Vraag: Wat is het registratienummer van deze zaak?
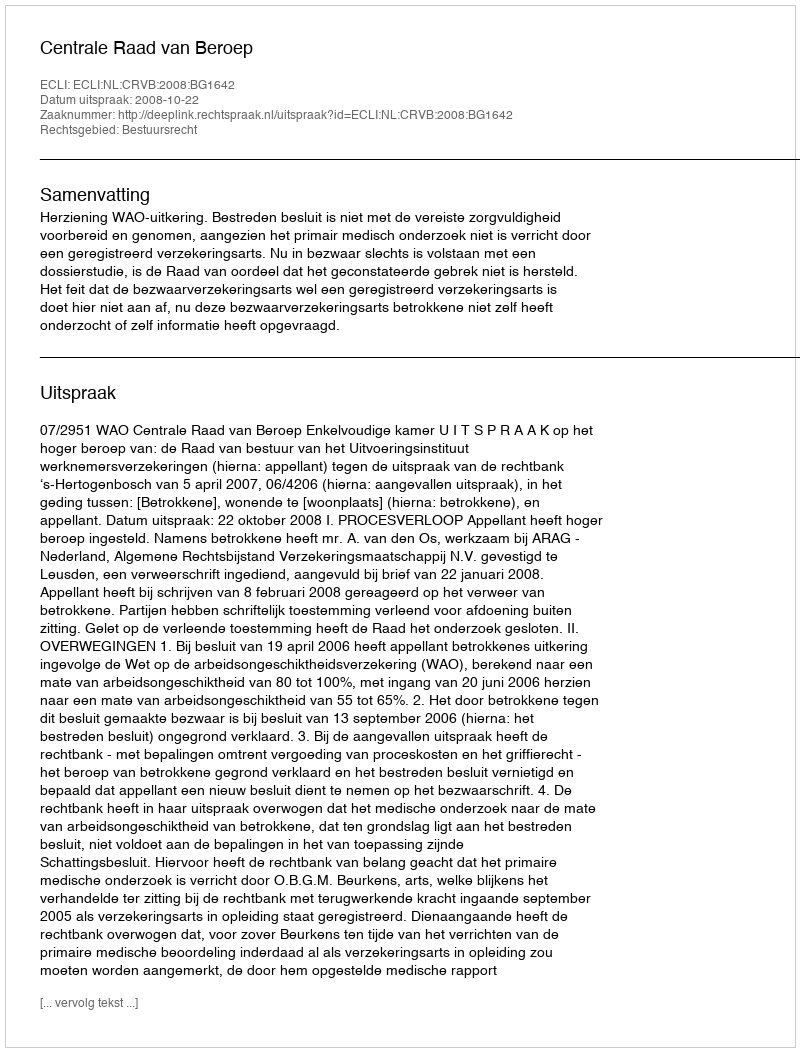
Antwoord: http://deeplink.rechtspraak.nl/uitspraak?id=ECLI:NL:CRVB:2008:BG1642